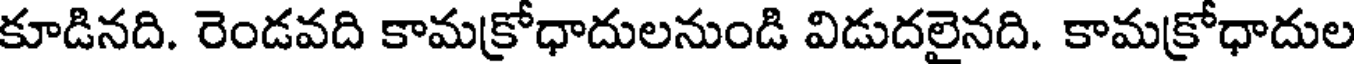
కూడినది. రెండవది కామక్రోధాదులనుండి విడుదలైనది. కామక్రోధాదుల